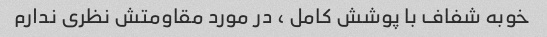
خوبه شفاف با پوشش کامل ، در مورد مقاومتش نظری ندارم